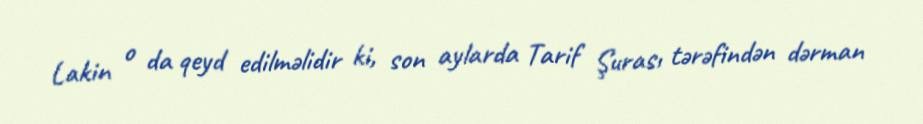
Lakin o da qeyd edilməlidir ki, son aylarda Tarif Şurası tərəfindən dərman